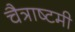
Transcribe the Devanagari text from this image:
चैत्राष्टमी